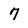
Character: 7